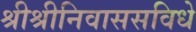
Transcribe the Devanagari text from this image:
श्रीश्रीनिवाससविधे